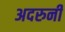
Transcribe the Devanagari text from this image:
अदरुनी